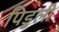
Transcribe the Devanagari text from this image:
पिडुली